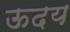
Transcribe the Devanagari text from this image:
ऊदय